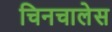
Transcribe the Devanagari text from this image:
चिनचालेस